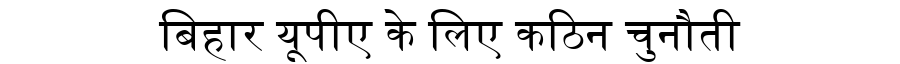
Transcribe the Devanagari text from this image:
बिहार यूपीए के लिए कठिन चुनौती